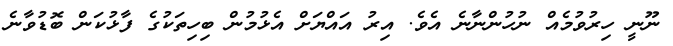
ނޫނީ ހިރުވުމެއް ނުހުންނާނެ އެވެ. އިރު އައްޔަށް އެޅުމުން ބިހިތަކުގެ ފާޅުކަން ބޮޑުވާނެ